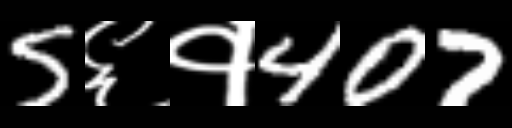
Text: 5६१407